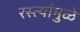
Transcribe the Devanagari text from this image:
रस्त्यांमुळे